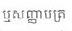
ឬសញ្ញាបត្រ